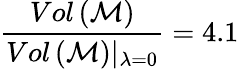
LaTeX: \frac{Vol\left(\mathcal{M}\right)}{Vol\left(\mathcal{M}\right)\vert_{\lambda=0}}=4.1